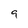
Character: 9